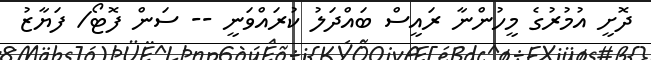
ދޮށީ އުމުރުގެ މީހުންނާ ރައީސް ބައްދަލު ކުރައްވަނީ -- ސަން ފޮޓޯ/ ފަޔާޒު